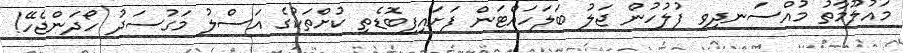
މައުލޫމާތު މުއްސަނދިވި ފުލުހުން ޖަލު ބަލަހައްޓަން ފަށައިފިބޮޑެތި ކުށްތަކުގެ އަސްލު މަގުސަދު ހޯދަންޖެހޭ!